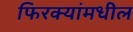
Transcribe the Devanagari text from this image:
फिरक्यांमधील